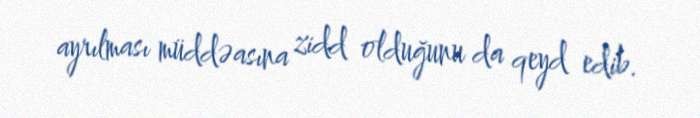
ayrılması müddəasına zidd olduğunu da qeyd edib.